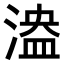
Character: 𣺻